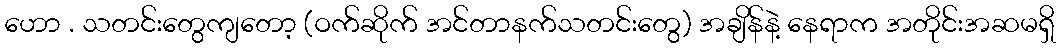
ဟော . သတင်းတွေကျတော့ (ဝက်ဆိုက် အင်တာနက်သတင်းတွေ) အချိန်နဲ့ နေရာက အတိုင်းအဆမရှိ